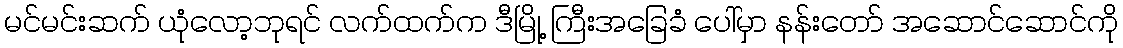
မင်မင်းဆက် ယုံလော့ဘုရင် လက်ထက်က ဒီမြို့ ကြီးအခြေခံ ပေါ်မှာ နန်းတော် အဆောင်ဆောင်ကို